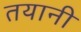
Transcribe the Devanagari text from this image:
तयानी